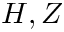
H , Z